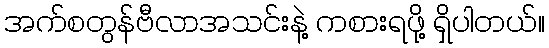
အက်စတွန်ဗီလာအသင်းနဲ့ ကစားရဖို့ ရှိပါတယ်။